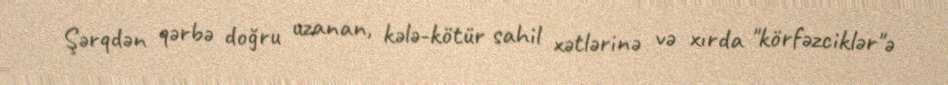
Şərqdən qərbə doğru uzanan, kələ-kötür sahil xətlərinə və xırda "körfəzciklər"ə